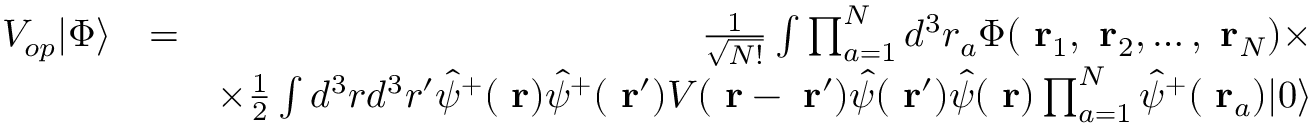
\begin{array} { r l r } { V _ { o p } | \Phi \rangle } & { = } & { \frac { 1 } { \sqrt { N ! } } \int \prod _ { a = 1 } ^ { N } d ^ { 3 } r _ { a } \Phi ( \mathrm { \bf ~ r } _ { 1 } , \mathrm { \bf ~ r } _ { 2 } , \dots , \mathrm { \bf ~ r } _ { N } ) \times } \\ & { } & { \times \frac { 1 } { 2 } \int d ^ { 3 } r d ^ { 3 } r ^ { \prime } \hat { \psi } ^ { + } ( \mathrm { \bf ~ r } ) \hat { \psi } ^ { + } ( \mathrm { \bf ~ r } ^ { \prime } ) V ( \mathrm { \bf ~ r } - \mathrm { \bf ~ r } ^ { \prime } ) \hat { \psi } ( \mathrm { \bf ~ r } ^ { \prime } ) \hat { \psi } ( \mathrm { \bf ~ r } ) \prod _ { a = 1 } ^ { N } \hat { \psi } ^ { + } ( \mathrm { \bf ~ r } _ { a } ) | 0 \rangle } \end{array}